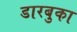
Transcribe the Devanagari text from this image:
डारबुका